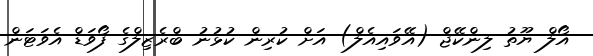
އޯލް ޔޫތު ލިންކޭޖް (އޭވައިއެލް) އަށް ކުރިން ކުޅުނު ބްރެޒިލްގެ ފޯވަޑް އެވަޓަން